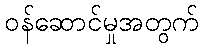
ဝန်ဆောင်မှုအတွက်